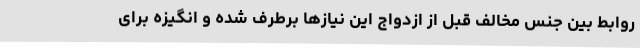
روابط بین جنس مخالف قبل از ازدواج این نیازها برطرف شده و انگیزه برای